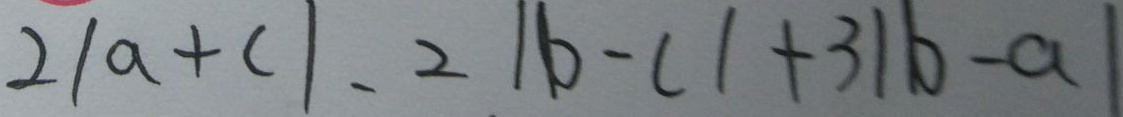
2 \vert a + c \vert - 2 \vert b - c \vert + 3 \vert b - a \vert